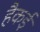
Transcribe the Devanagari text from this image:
हैकई